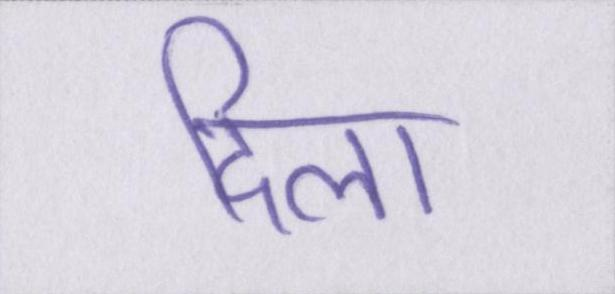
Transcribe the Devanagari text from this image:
दिला